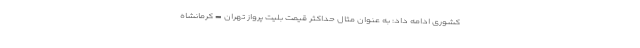
کشوری ادامه داد: به عنوان مثال حداکثر قیمت بلیت پرواز تهران – کرمانشاه